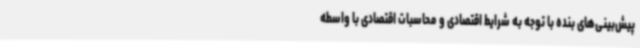
پیش‌بینی‌های بنده با توجه به شرایط اقتصادی و محاسبات اقتصادی با واسطه